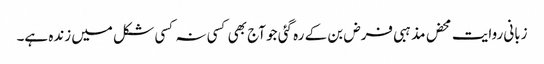
زبانی روایت محض مذہبی فرض بن کے رہ گئی جو آج بھی کسی نہ کسی شکل میں زندہ ہے۔